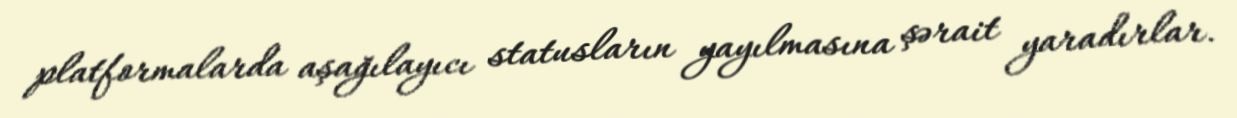
platformalarda aşağılayıcı statusların yayılmasına şərait yaradırlar.